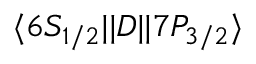
\ensuremath { \langle 6 S _ { 1 / 2 } | | } D \ensuremath { | | 7 P _ { 3 / 2 } \rangle }